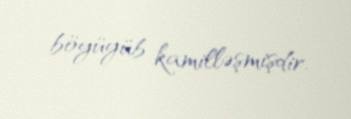
böyüyüb kamilləşmişdir.